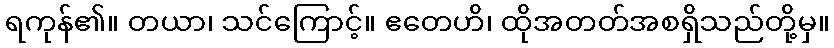
ရကုန်၏။ တယာ၊ သင်ကြောင့်။ ဧတေဟိ၊ ထိုအတတ်အစရှိသည်တို့မှ။